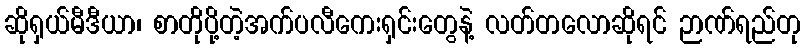
ဆိုရှယ်မီဒီယာ၊ စာတိုပို့တဲ့အက်ပလီကေးရှင်းတွေနဲ့ လတ်တလောဆိုရင် ဉာဏ်ရည်တု